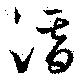
潛